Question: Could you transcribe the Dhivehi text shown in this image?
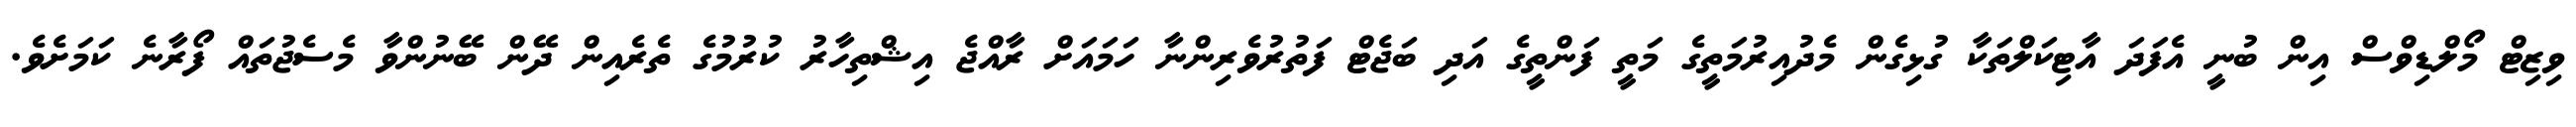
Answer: ވިޒިޓް މޯލްޑިވްސް އިން ބުނީ އެފަދަ އާޓިކަލްތަކާ ގުޅިގެން މެދުއިރުމަތީގެ މަތީ ފަންތީގެ އަދި ބަޖެޓް ފަތުރުވެރިންނާ ހަމައަށް ރާއްޖެ އިޝްތިހާރު ކުރުމުގެ ތެރެއިން ދޭން ބޭނުންވާ މެސެޖުތައް ފޯރާނެ ކަމަށެވެ.